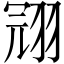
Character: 𱻙